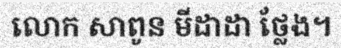
លោក សាពូន មីដាដា ថ្លែង។